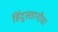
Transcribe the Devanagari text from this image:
हिंदुस्तानीचा